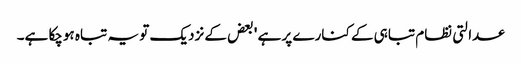
عدالتی نظام تباہی کے کنارے پر ہے ' بعض کے نزدیک تو یہ تباہ ہوچکا ہے۔